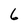
Character: 6